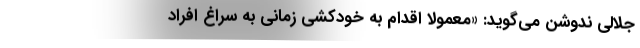
جلالی ندوشن می‌گوید: «معمولاً اقدام به خودکشی زمانی به سراغ افراد